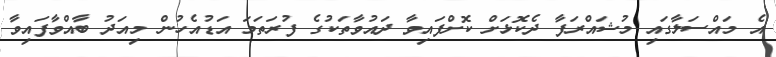
އެ މައްސަލާގައި މުޝައްރަފާ ދެކޮޅަށް ކޮށްފައިވާ ދައުވާތަކުގެ ފުރަތަމަ އަޑުއެހުން މިއަދު ބާއްވާފައިވާ